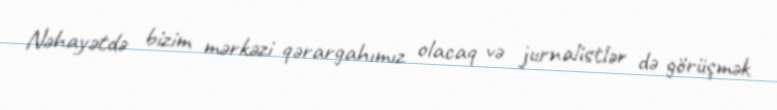
Nəhayətdə bizim mərkəzi qərargahımız olacaq və jurnalistlər də görüşmək